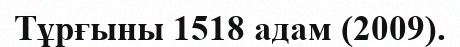
Тұрғыны 1518 адам (2009).